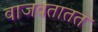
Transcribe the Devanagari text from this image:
वाजवतातत